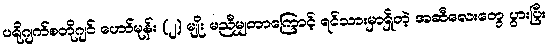
ပရိုဂျက်စတိုဂျင် ဟော်မုန်း (၂) မျိုး မညီမျှတာကြောင့် ရင်သားမှာရှိတဲ့ အဆီလေးတွေ ပွားပြီး